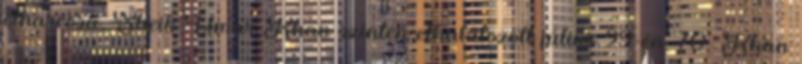
élharcosa, Sheik Umar Khan szintén elhalálozott július 29-én. 70 Khan